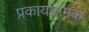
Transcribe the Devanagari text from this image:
प्रकार्यातमक